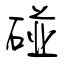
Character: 碰